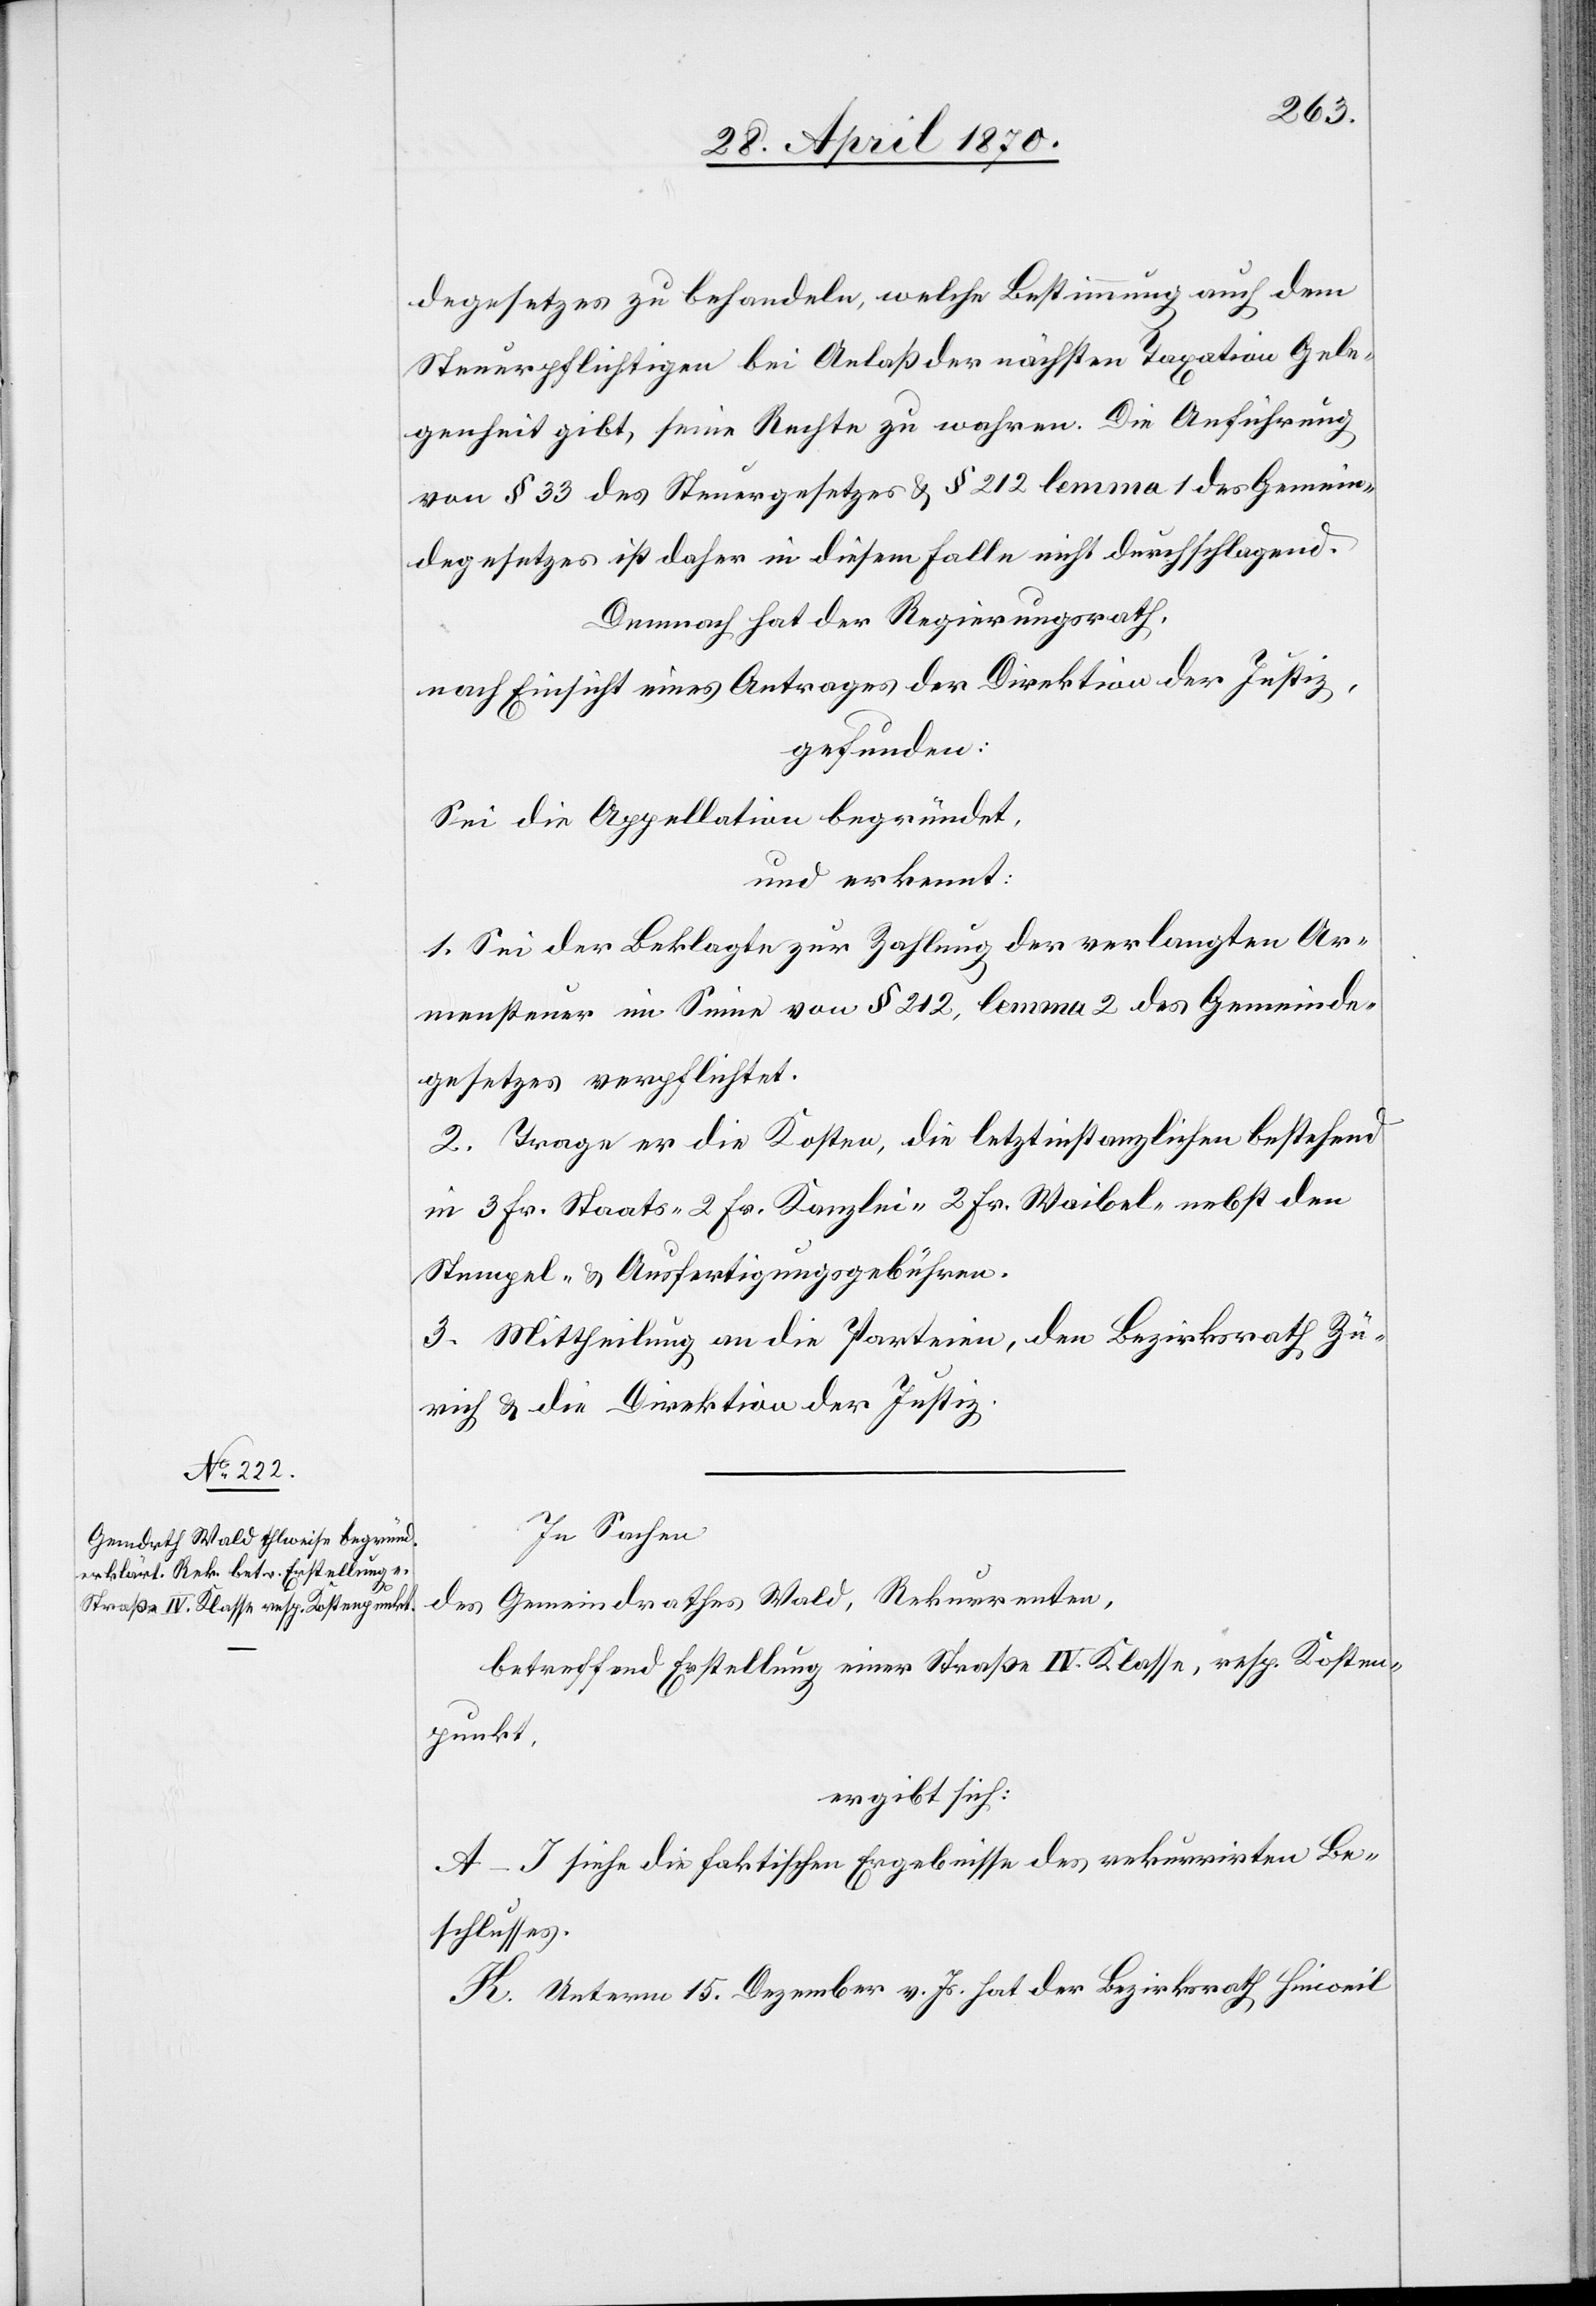
degesetzes zu behandeln, welche Bestimmung auch dem
Steuerpflichtigen bei Anlaß der nächsten Taxation Gele¬
genheit gibt, seine Rechte zu wahren. Die Anführung
von § 33 des Steuergesetzes & § 212 lemma 1 des Gemein¬
degesetzes ist daher in diesem Falle nicht durchschlagend.
Demnach hat der Regierungsrath,
nach Einsicht eines Antrages der Direktion der Justiz,
gefunden:
Sei die Appellation begründet,
und erkennt:
1. Sei der Beklagte zur Zahlung der verlangten Ar¬
mensteuer im Sinne von § 212, lemma 2 des Gemeinde¬
gesetzes verpflichtet.
2. Trage er die Kosten, die letztinstanzlichen bestehend
in 3 Fr. Staats-[,] 2 Fr. Kanzlei-[,] 2 Fr. Waibel- nebst den
Stempel- & Ausfertigungsgebühren.
3. Mittheilung an die Parteien, den Bezirksrath Zü¬
rich & die Direktion der Justiz.
In Sachen
Gemeindrathes Wald, Rekurrenten,
des
betreffend Erstellung einer Straße IV. Klasse, resp. Kosten¬
punkt,
ergibt sich:
A–J siehe die faktischen Ergebnisse des rekurrirten Be¬
schlusses.
K. Unterm 15. Dezember v. Js. hat der Bezirksrath Hinweil